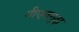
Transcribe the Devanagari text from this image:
गीएलगुदा